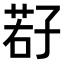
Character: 𫲩